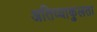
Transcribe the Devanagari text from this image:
अतिव्याकुलता